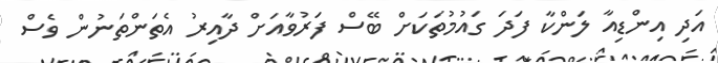
އަދި އިންޑިއާ ލަންކާ ފަދަ ގައުމުތަކަށް ބޭސް ފަރުވާއަށް ދާއިރު އެތަންތަނުން ވެސް